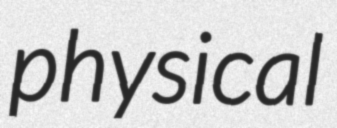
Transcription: physical